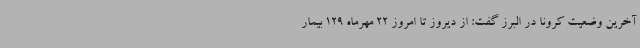
آخرین وضعیت کرونا در البرز گفت: از دیروز تا امروز 22 مهرماه 129 بیمار